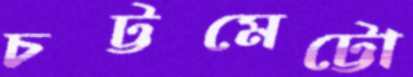
চট্টমেট্টো